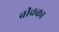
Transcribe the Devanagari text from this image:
बीचका